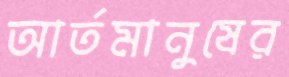
আর্তমানুষের